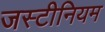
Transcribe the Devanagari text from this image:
जस्टीनियम